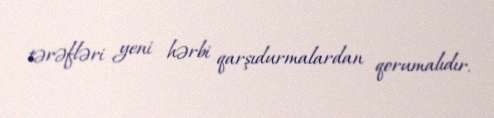
tərəfləri yeni hərbi qarşıdurmalardan qorumalıdır.